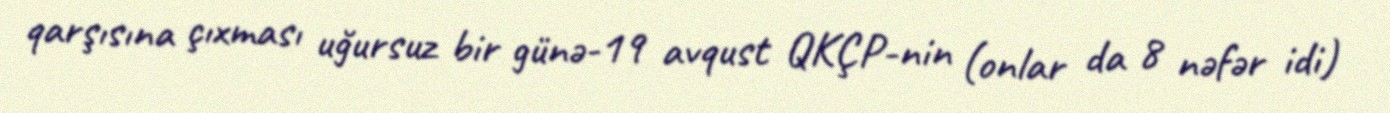
qarşısına çıxması uğursuz bir günə-19 avqust QKÇP-nin (onlar da 8 nəfər idi)